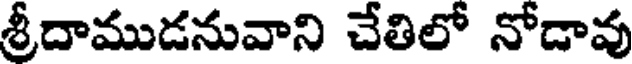
శ్రీదాముడనువాని చేతిలో నోడావు